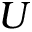
U